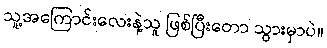
သူ့အကြောင်းလေးနဲ့သူ ဖြစ်ပြီးတော သွားမှာပဲ။